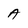
Character: A